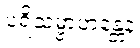
ပရိသမ္ဗာဟန္တေန